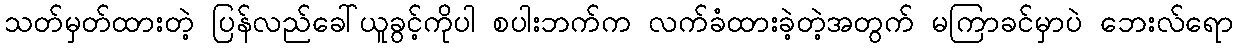
သတ်မှတ်ထားတဲ့ ပြန်လည်ခေါ်ယူခွင့်ကိုပါ စပါးဘက်က လက်ခံထားခဲ့တဲ့အတွက် မကြာခင်မှာပဲ ဘေးလ်ရော